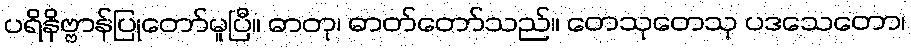
ပရိနိဗ္ဗာန်ပြုတော်မူပြီ။ ဓာတု၊ ဓာတ်တော်သည်။ တေသုတေသု ပဒသေတော၊